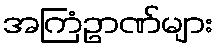
အကြံဥာဏ်များ